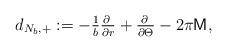
LaTeX: \begin{align*}d_{{N}_{ b },+}:= - \tfrac{1}{ b }\tfrac{\partial\;}{\partial r} + \tfrac{\partial\;}{\partial \Theta} -2\pi \mathsf{M},\end{align*}